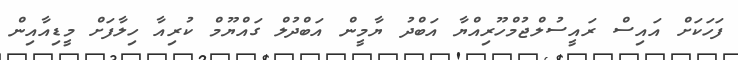
ފަހަކަށް އައިސް ރައީސުލްޖުމްހޫރިއްޔާ އަބްދު ޔާމީން އަބްދުލް ގައްޔޫމް ކުރިއާ ހިލާފަށް މީޑިއާއިން